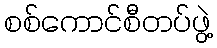
စစ်ကောင်စီတပ်ဖွဲ့